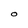
Character: O